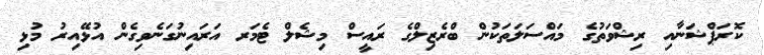
ކޮރަޕްޝަނާއި ރިޝްވަތުގެ މައްސަލަތަކުން ބްރެޒިލްގެ ރައީސް މިޝެލް ޓެމަރ އަރައިނުގަނެވިގެން އުޅޭއިރު މުޅި